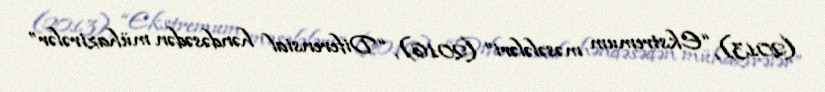
(2013), “Ekstremum məsələləri” (2016), “Diferensial həndəsədən mühazirələr”